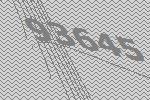
93645